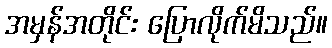
အမှန်အတိုင်း ပြောလိုက်မိသည်။